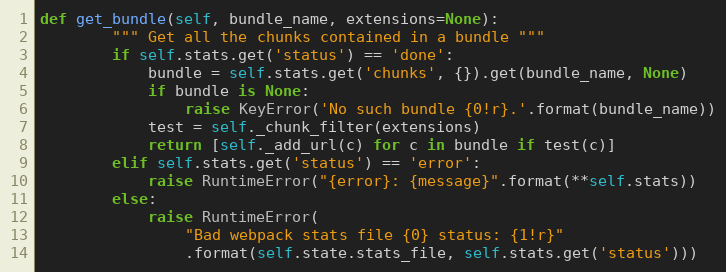
Language: Python
def get_bundle(self, bundle_name, extensions=None):
        """ Get all the chunks contained in a bundle """
        if self.stats.get('status') == 'done':
            bundle = self.stats.get('chunks', {}).get(bundle_name, None)
            if bundle is None:
                raise KeyError('No such bundle {0!r}.'.format(bundle_name))
            test = self._chunk_filter(extensions)
            return [self._add_url(c) for c in bundle if test(c)]
        elif self.stats.get('status') == 'error':
            raise RuntimeError("{error}: {message}".format(**self.stats))
        else:
            raise RuntimeError(
                "Bad webpack stats file {0} status: {1!r}"
                .format(self.state.stats_file, self.stats.get('status')))